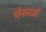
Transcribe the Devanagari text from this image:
चेनसऑ